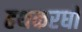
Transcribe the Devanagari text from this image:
हथकरघों